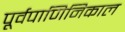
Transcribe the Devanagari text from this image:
पूर्वपाणिनिकाल